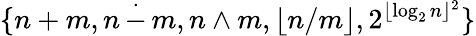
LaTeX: \{ n+m,n\, {\stackrel{.}{-}}\, m,n\wedge m,\lfloor n/m\rfloor,2^{\lfloor\log_{2}n\rfloor^{2}}\}